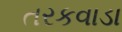
તરકવાડા